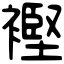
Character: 𧜶